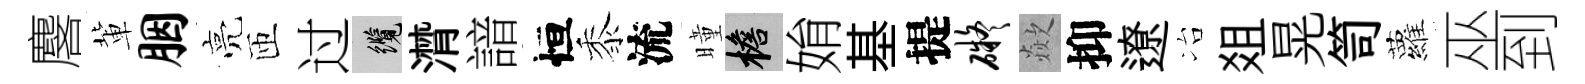
麐軰胭亮匝过纜潸諳恒黍流曈檐姢基提碍歘抑遼冶爼晃笥蘿巫到